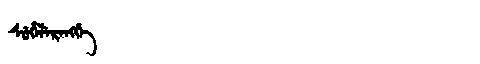
Manchu: ᠰᡠᡥᡝᠯᡝᡵᡝᠩᡤᡝ
Romanization: SUHELERENGGE